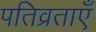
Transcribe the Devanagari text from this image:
पतिव्रताएँ